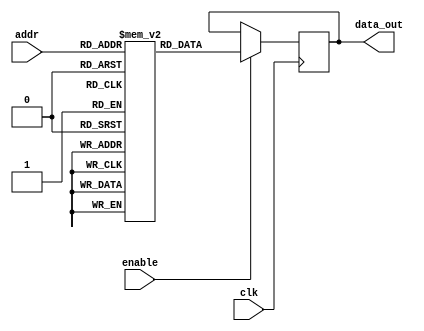
module parameterized_rom #(
    parameter ADDR_WIDTH = 4,  // Width of the address input
    parameter DATA_WIDTH = 8   // Width of the data output
)(
    input wire clk,             // Clock signal
    input wire [ADDR_WIDTH-1:0] addr, // Address input
    input wire enable,          // Enable signal
    output reg [DATA_WIDTH-1:0] data_out // Data output
);

// Internal ROM storage
reg [DATA_WIDTH-1:0] rom [(2**ADDR_WIDTH)-1:0];

// Initialization of ROM contents
initial begin
    // Example initialization (you can modify these values as needed)
    rom[0] = 8'h00;
    rom[1] = 8'h01;
    rom[2] = 8'h02;
    rom[3] = 8'h03;
    rom[4] = 8'h04;
    rom[5] = 8'h05;
    rom[6] = 8'h06;
    rom[7] = 8'h07;
    // Add more initialization as needed based on ADDR_WIDTH
end

// Read operation
always @(posedge clk) begin
    if (enable) begin
        data_out <= rom[addr]; // Read data from ROM at the specified address
    end
end

endmodule